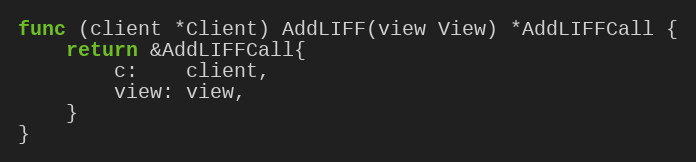
Language: Go
func (client *Client) AddLIFF(view View) *AddLIFFCall {
	return &AddLIFFCall{
		c:    client,
		view: view,
	}
}